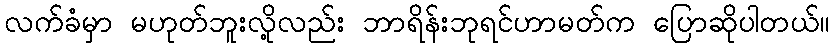
လက်ခံမှာ မဟုတ်ဘူးလို့လည်း ဘာရိန်းဘုရင်ဟာမတ်က ပြောဆိုပါတယ်။